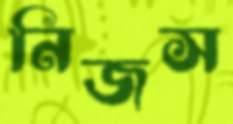
নিজস